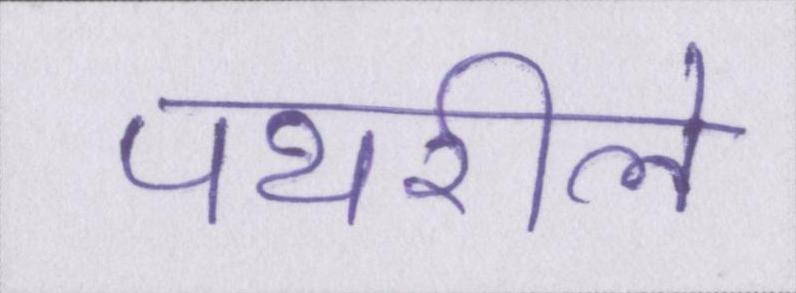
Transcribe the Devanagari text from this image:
पथरीले